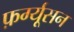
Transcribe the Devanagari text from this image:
फ़र्ग्यूसन